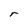
Character: r